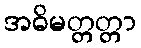
အဓိမတ္တတ္တာ